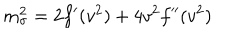
m _ { \sigma } ^ { 2 } = 2 f ^ { \prime } ( v ^ { 2 } ) + 4 v ^ { 2 } f ^ { \prime \prime } ( v ^ { 2 } )